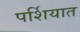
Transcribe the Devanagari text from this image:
पर्शियात